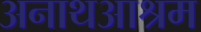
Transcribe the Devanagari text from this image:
अनाथआश्रम